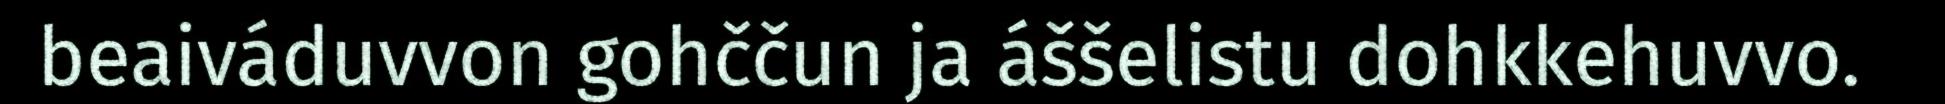
beaiváduvvon gohččun ja áššelistu dohkkehuvvo.